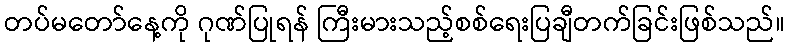
တပ်မတော်နေ့ကို ဂုဏ်ပြုရန် ကြီးမားသည့်စစ်ရေးပြချီတက်ခြင်းဖြစ်သည်။